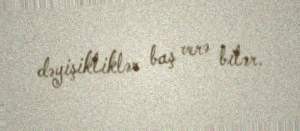
dəyişikliklər baş verə bilər.